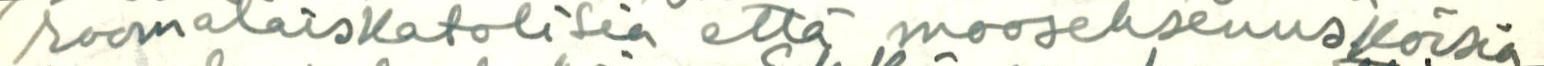
roomalaiskatolisia että mooseksenuskoisia